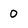
Character: 0